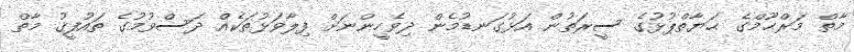
މާތް މަރްޙޫމްގެ ޙަޔާތްޕުޅުގެ ސީރަތުން އަޅުގަނޑުމެން ދިވެހީންނަށް ފިލާވަޅުތަކެއް ދަސްވުމުގެ ތައުފީޤު މާތް